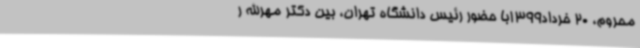
محروم، 20 خرداد1399با حضور رئیس دانشگاه تهران، بین دکتر مهرالله ر